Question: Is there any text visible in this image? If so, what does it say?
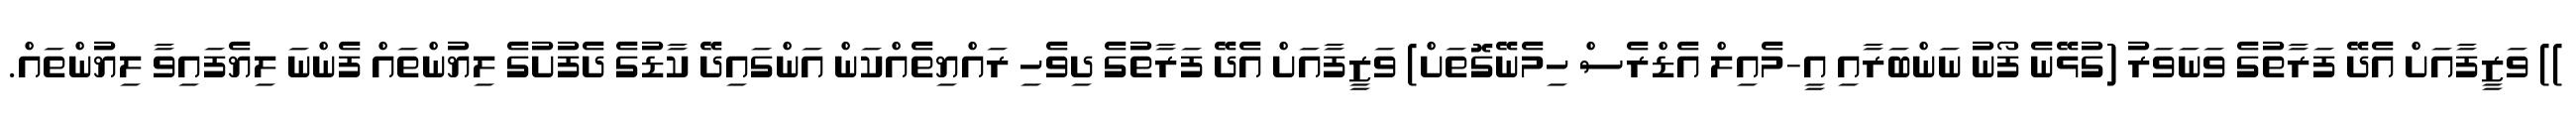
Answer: )) ވަޒީފާއަށް އެދޭ ފަރާތުގެ ވަނަވަރު (ގުޅޭނެ ފޯނު ނަންބަރާއި އީ-މެއިލް އެޑްރެސް ހިމެނޭގޮތަށް) ވަޒީފާއަށް އެދޭ ފަރާތުގެ ދިވެހި ރައްޔިތެއްކަން އަންގައިދޭ ކާޑުގެ ދެފުށުގެ ލިޔުންތައް ފެންނަ ލިޔެފައިވާ ލިޔުންތައް.